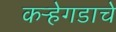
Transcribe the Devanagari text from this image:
कऱ्हेगडाचे